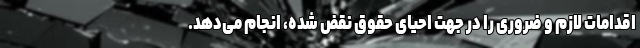
اقدامات لازم و ضروری را در جهت احیای حقوق نقض شده، انجام می‌دهد.